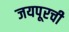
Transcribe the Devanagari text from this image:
जयपूरची